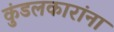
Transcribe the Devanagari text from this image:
कुंडलकारांना